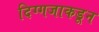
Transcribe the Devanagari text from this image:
दिग्गजाकडून